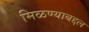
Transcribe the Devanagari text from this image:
मिळण्याबद्दल